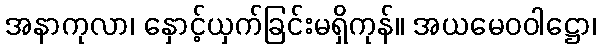
အနာကုလာ၊ နှောင့်ယှက်ခြင်းမရှိကုန်။ အယမေဝဝါဋ္ဌော၊